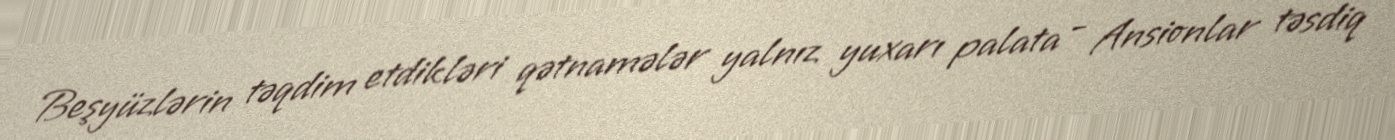
Beşyüzlərin təqdim etdikləri qətnamələr yalnız yuxarı palata - Ansionlar təsdiq